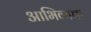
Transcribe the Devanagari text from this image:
आभिव्यक्त